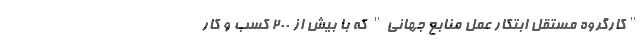
"کارگروه مستقل ابتکار عمل منابع جهانی" که با بیش از ۲۰۰ کسب و کار